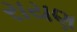
રાયણ